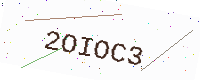
Text: 2OIOC3